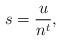
LaTeX: \begin{align*}s=\frac{u}{n^t}, \end{align*}